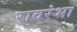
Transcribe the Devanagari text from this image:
रावरंभा